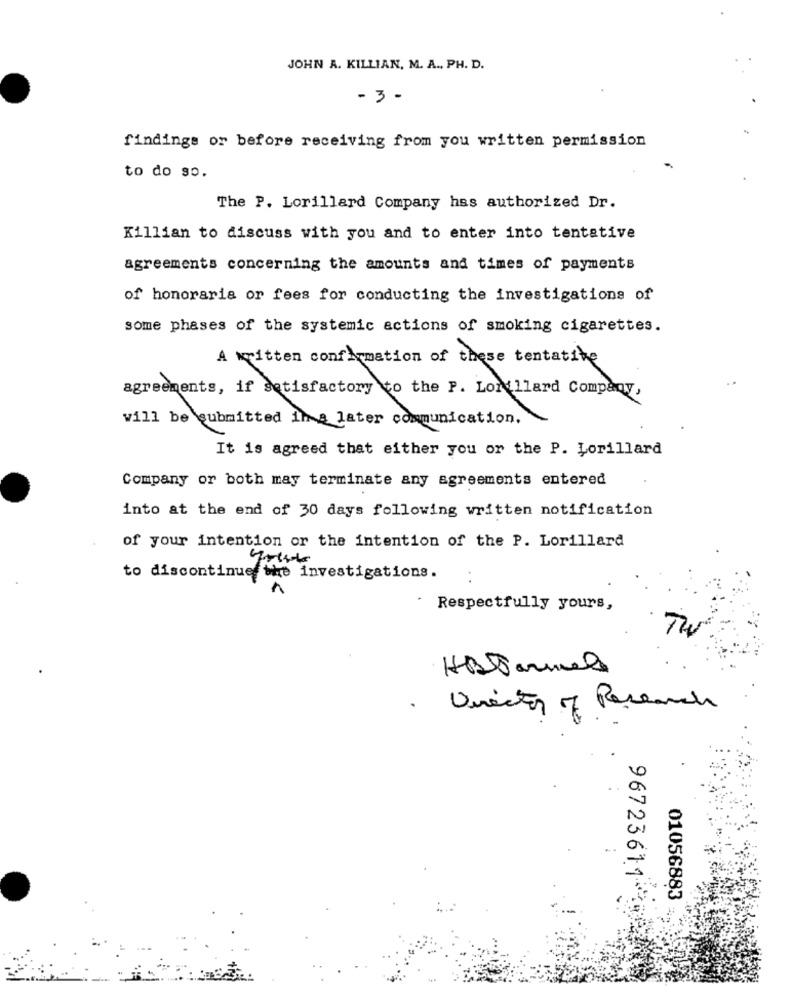
JOHN A. KILLIAN, M. A ., PH. D.
- 3 -
findings or before receiving from you written permission
to do so.
The P. Lorillard Company has authorized Dr.
Killian to discuss with you and to enter into tentative
agreements concerning the amounts and times of payments
of honoraria or fees for conducting the investigations of
some phases of the systemic actions of smoking cigarettes.
A written confirmation of these tentative
agreements, if satisfactory to the P. Lonullard Company,
will be submitted in a later communication.
It is agreed that either you or the P. Lorillard
Company or both may terminate any agreements entered
into at the end of 30 days following written notification
of your intention or the intention of the P. Lorillard
to discontinue the investigations.
Respectfully yours,
HATarmele
Unrector of Research
9672361
01056883